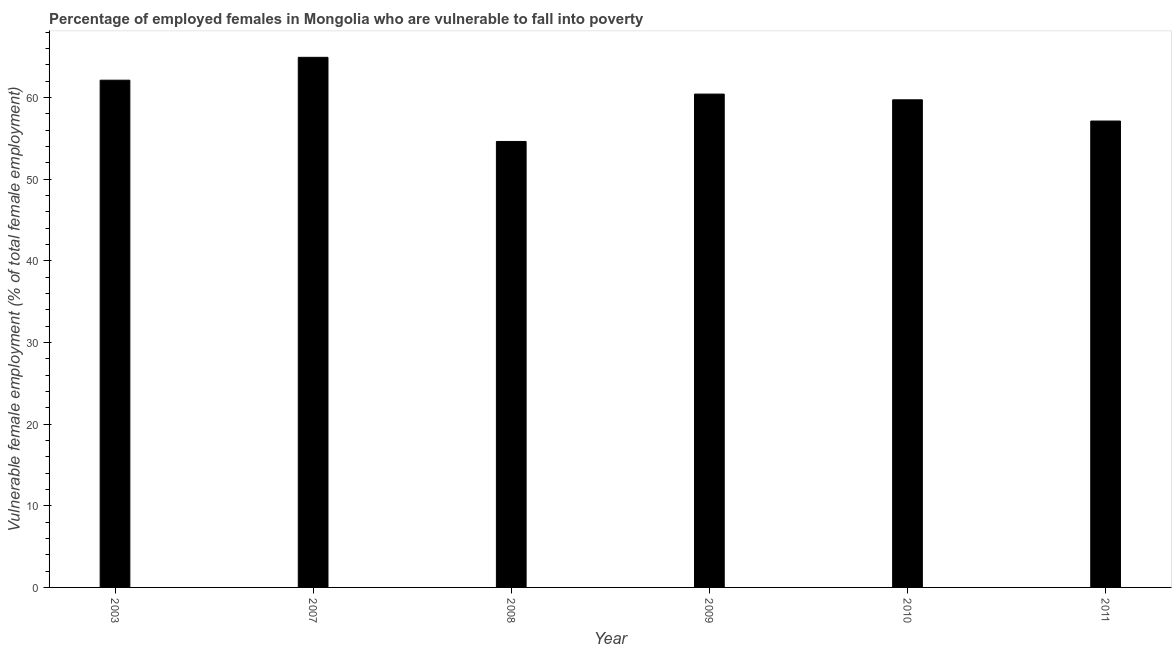
| Year | Percentage of employed females who are vulnerable to fall into poverty |
 | --- | --- |
 | 2003 | 62.1 |
 | 2007 | 64.9 |
 | 2008 | 54.6 |
 | 2009 | 60.4 |
 | 2010 | 59.7 |
 | 2011 | 57.1 |